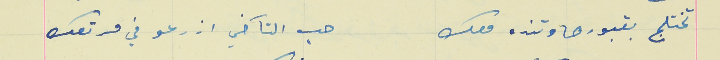
تختلج بقبورها وتنده معك                                        حب التآخي ازرعو في مرتعك